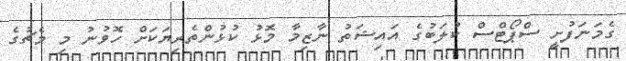
ގެމަނަފުށީ ސްޕޯޓްސް ކުލަބުގެ އައިޝަތު ނާޒިމާ މޮޅު ކުޅުންތެރިޔަކަށް ހޮވުނު މި މެޗުގެ